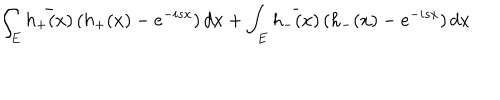
\int _ { E } \bar { h _ { + } ( x ) } \, ( h _ { + } ( x ) - e ^ { - i s x } ) \, d x + \int _ { E } \bar { h _ { - } ( x ) } \, ( h _ { - } ( x ) - e ^ { - i s x } ) \, d x